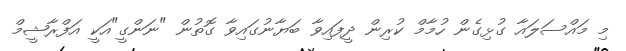
މި މައްސަލައާ ގުޅިގެން ހުމާމް ކުރިން ދީފައިވާ ބަޔާނުގައިވާ ގޮތުން "ނަންގީ"އަކީ އަފްރާޝީމް